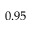
0 . 9 5